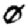
Digit: 0